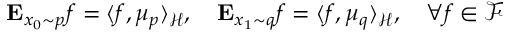
\mathbf { E } _ { x _ { 0 } \sim p } f = \langle f , \mu _ { p } \rangle _ { \mathcal { H } } , \quad \mathbf { E } _ { x _ { 1 } \sim q } f = \langle f , \mu _ { q } \rangle _ { \mathcal { H } } , \quad \forall f \in \mathcal { F }